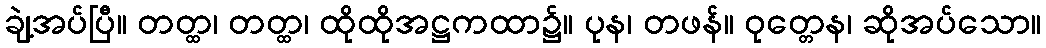
ချဲ့အပ်ပြီ။ တတ္ထ၊ တတ္ထ၊ ထိုထိုအဋ္ဌကထာ၌။ ပုန၊ တဖန်။ ဝုတ္တေန၊ ဆိုအပ်သော။